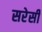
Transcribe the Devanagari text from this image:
सरेसी